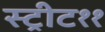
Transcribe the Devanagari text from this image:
स्ट्रीट११